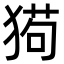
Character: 㺃